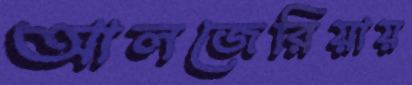
আলজেরিয়ায়